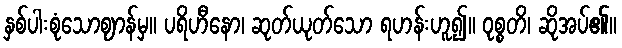
နှစ်ပါးစုံသောဈာန်မှ။ ပရိဟီနော၊ ဆုတ်ယုတ်သော ရဟန်းဟူ၍။ ဝုစ္စတိ၊ ဆိုအပ်၏။